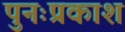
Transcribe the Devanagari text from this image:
पुनःप्रकाश